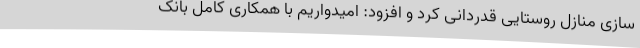
سازی منازل روستایی قدردانی کرد و افزود: امیدواریم با همکاری کامل بانک